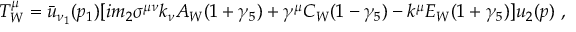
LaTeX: T _ { W } ^ { \mu } = { \bar { u } } _ { \nu _ { 1 } } ( p _ { 1 } ) [ i m _ { 2 } \sigma ^ { \mu \nu } k _ { \nu } A _ { W } ( 1 + \gamma _ { 5 } ) + \gamma ^ { \mu } C _ { W } ( 1 - \gamma _ { 5 } ) - k ^ { \mu } E _ { W } ( 1 + \gamma _ { 5 } ) ] u _ { 2 } ( p ) \ ,